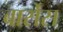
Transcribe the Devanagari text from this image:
बार्रोस